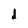
Character: d